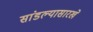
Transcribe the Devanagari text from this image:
सांडल्यासारखे